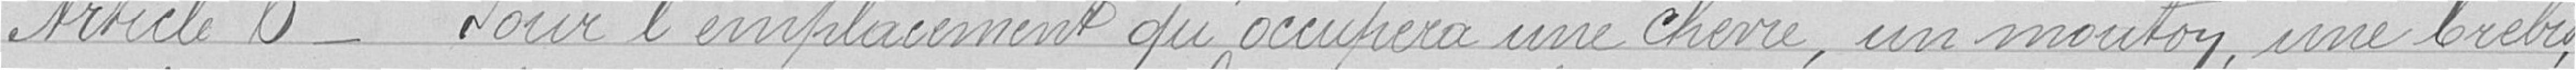
Article 6 - Pour l'emplacement qu'occupera une chèvre, un mouton, une brebis,